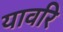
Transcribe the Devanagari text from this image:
यावरि